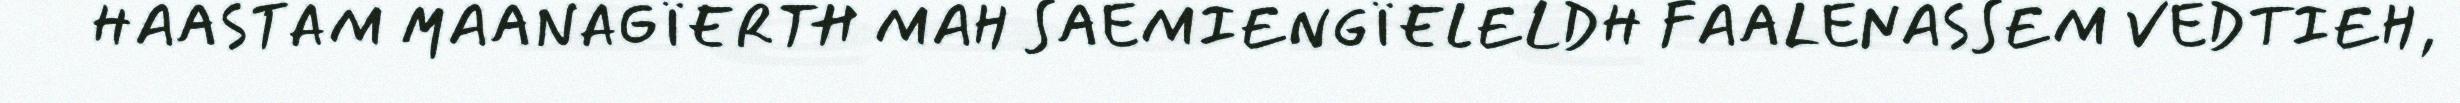
HAASTAM MAANAGÏERTH MAH SAEMIENGÏELELDH FAALENASSEM VEDTIEH,